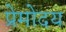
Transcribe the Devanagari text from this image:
प्रेमोदय